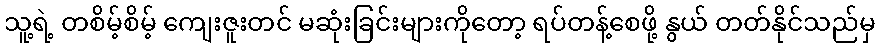
သူ့ရဲ့ တစိမ့်စိမ့် ကျေးဇူးတင် မဆုံးခြင်းများကိုတော့ ရပ်တန့်စေဖို့ နွယ် တတ်နိုင်သည်မှ